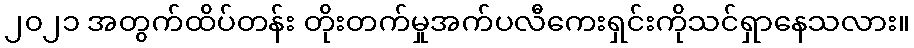
၂၀၂၁ အတွက်ထိပ်တန်း တိုးတက်မှုအက်ပလီကေးရှင်းကိုသင်ရှာနေသလား။